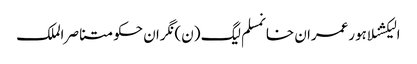
الیکشنلاہورعمران خانمسلم لیگ (ن)نگران حکومتناصر الملک